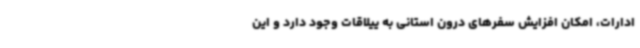
ادارات، امکان افزایش سفرهای درون استانی به ییلاقات وجود دارد و این